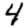
Digit: 4